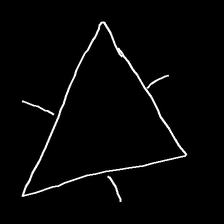
Glyph: fire